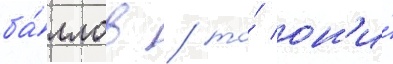
ба́ллов / то́ он'и́